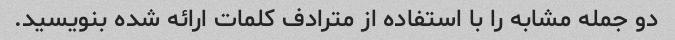
دو جمله مشابه را با استفاده از مترادف کلمات ارائه شده بنویسید.